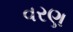
વરણ